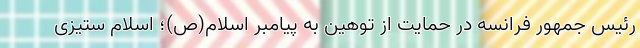
رئیس جمهور فرانسه در حمایت از توهین به پیامبر اسلام(ص)؛ اسلام ستیزی